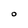
Character: O